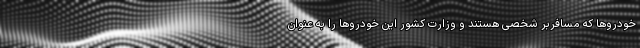
خودروها که مسافربر شخصی هستند و وزارت کشور این خودروها را به عنوان